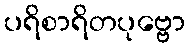
ပရိစာရိတပုဗ္ဗော